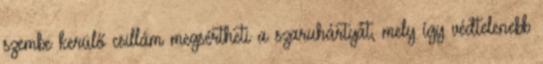
szembe kerülő csillám megsértheti a szaruhártyát, mely így védtelenebb